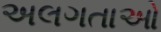
અલગતાઓ